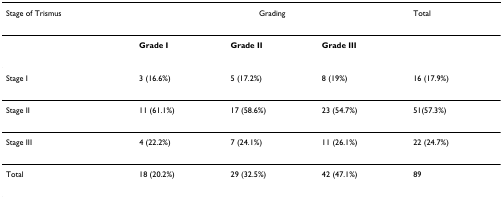
| Stage of Trismus | <COLSPAN=3> Grading | Total |
 | --- | --- | --- | --- | --- |
 |  | Grade I | Grade II | Grade III |  |
 | Stage I | 3 (16.6%) | 5 (17.2%) | 8 (19%) | 16 (17.9%) |
 | Stage II | 11 (61.1%) | 17 (58.6%) | 23 (54.7%) | 51(57.3%) |
 | Stage III | 4 (22.2%) | 7 (24.1%) | 11 (26.1%) | 22 (24.7%) |
 | Total | 18 (20.2%) | 29 (32.5%) | 42 (47.1%) | 89 |